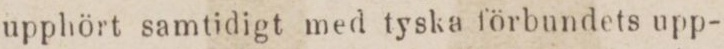
upphört samtidigt med tyska förbundets upp-